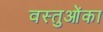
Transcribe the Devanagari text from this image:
वस्तुओंका